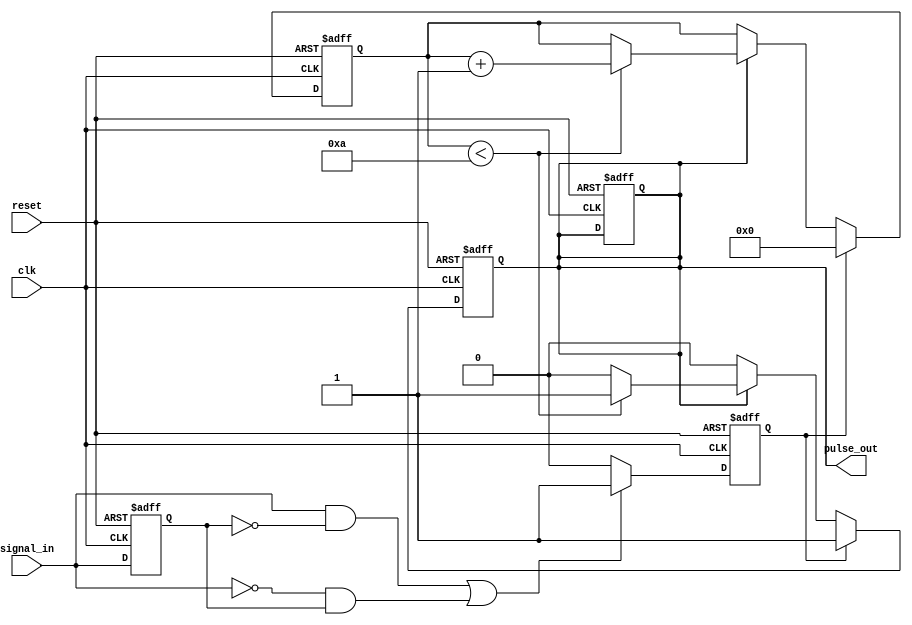
module MonostableEdgeDetector #(
    parameter pulse_width = 10  // Pulse duration in clock cycles
) (
    input wire clk,              // Clock input
    input wire reset,            // Asynchronous reset
    input wire signal_in,        // Input signal for edge detection
    output reg pulse_out         // Output pulse signal
);

    // Internal signals
    reg [3:0] counter;           // Counter to create pulse width
    reg prev_signal_in;          // To hold the previous state of the input
    reg edge_detected;           // Flag to indicate edge detection

    // Edge detection logic
    always @(posedge clk or posedge reset) begin
        if (reset) begin
            prev_signal_in <= 0;
        end else begin
            prev_signal_in <= signal_in;
        end
    end

    // Detect rising or falling edge
    always @(posedge clk or posedge reset) begin
        if (reset) begin
            edge_detected <= 0;
            pulse_out <= 0;
        end else begin
            if ((signal_in && !prev_signal_in) || (!signal_in && prev_signal_in)) begin
                edge_detected <= 1; // Edge detected
            end else begin
                edge_detected <= 0; // No edge detected
            end
        end
    end

    // Pulse generation logic
    always @(posedge clk or posedge reset) begin
        if (reset) begin
            pulse_out <= 0;
            counter <= 0;
        end else begin
            if (edge_detected) begin
                pulse_out <= 1;        // Start pulse
                counter <= 0;          // Reset the counter
            end else if (pulse_out) begin
                if (counter < pulse_width) begin
                    counter <= counter + 1; // Increment counter
                end else begin
                    pulse_out <= 0; // End pulse after the duration
                end
            end
        end
    end

endmodule